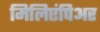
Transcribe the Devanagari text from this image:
मिलिएंपिअर